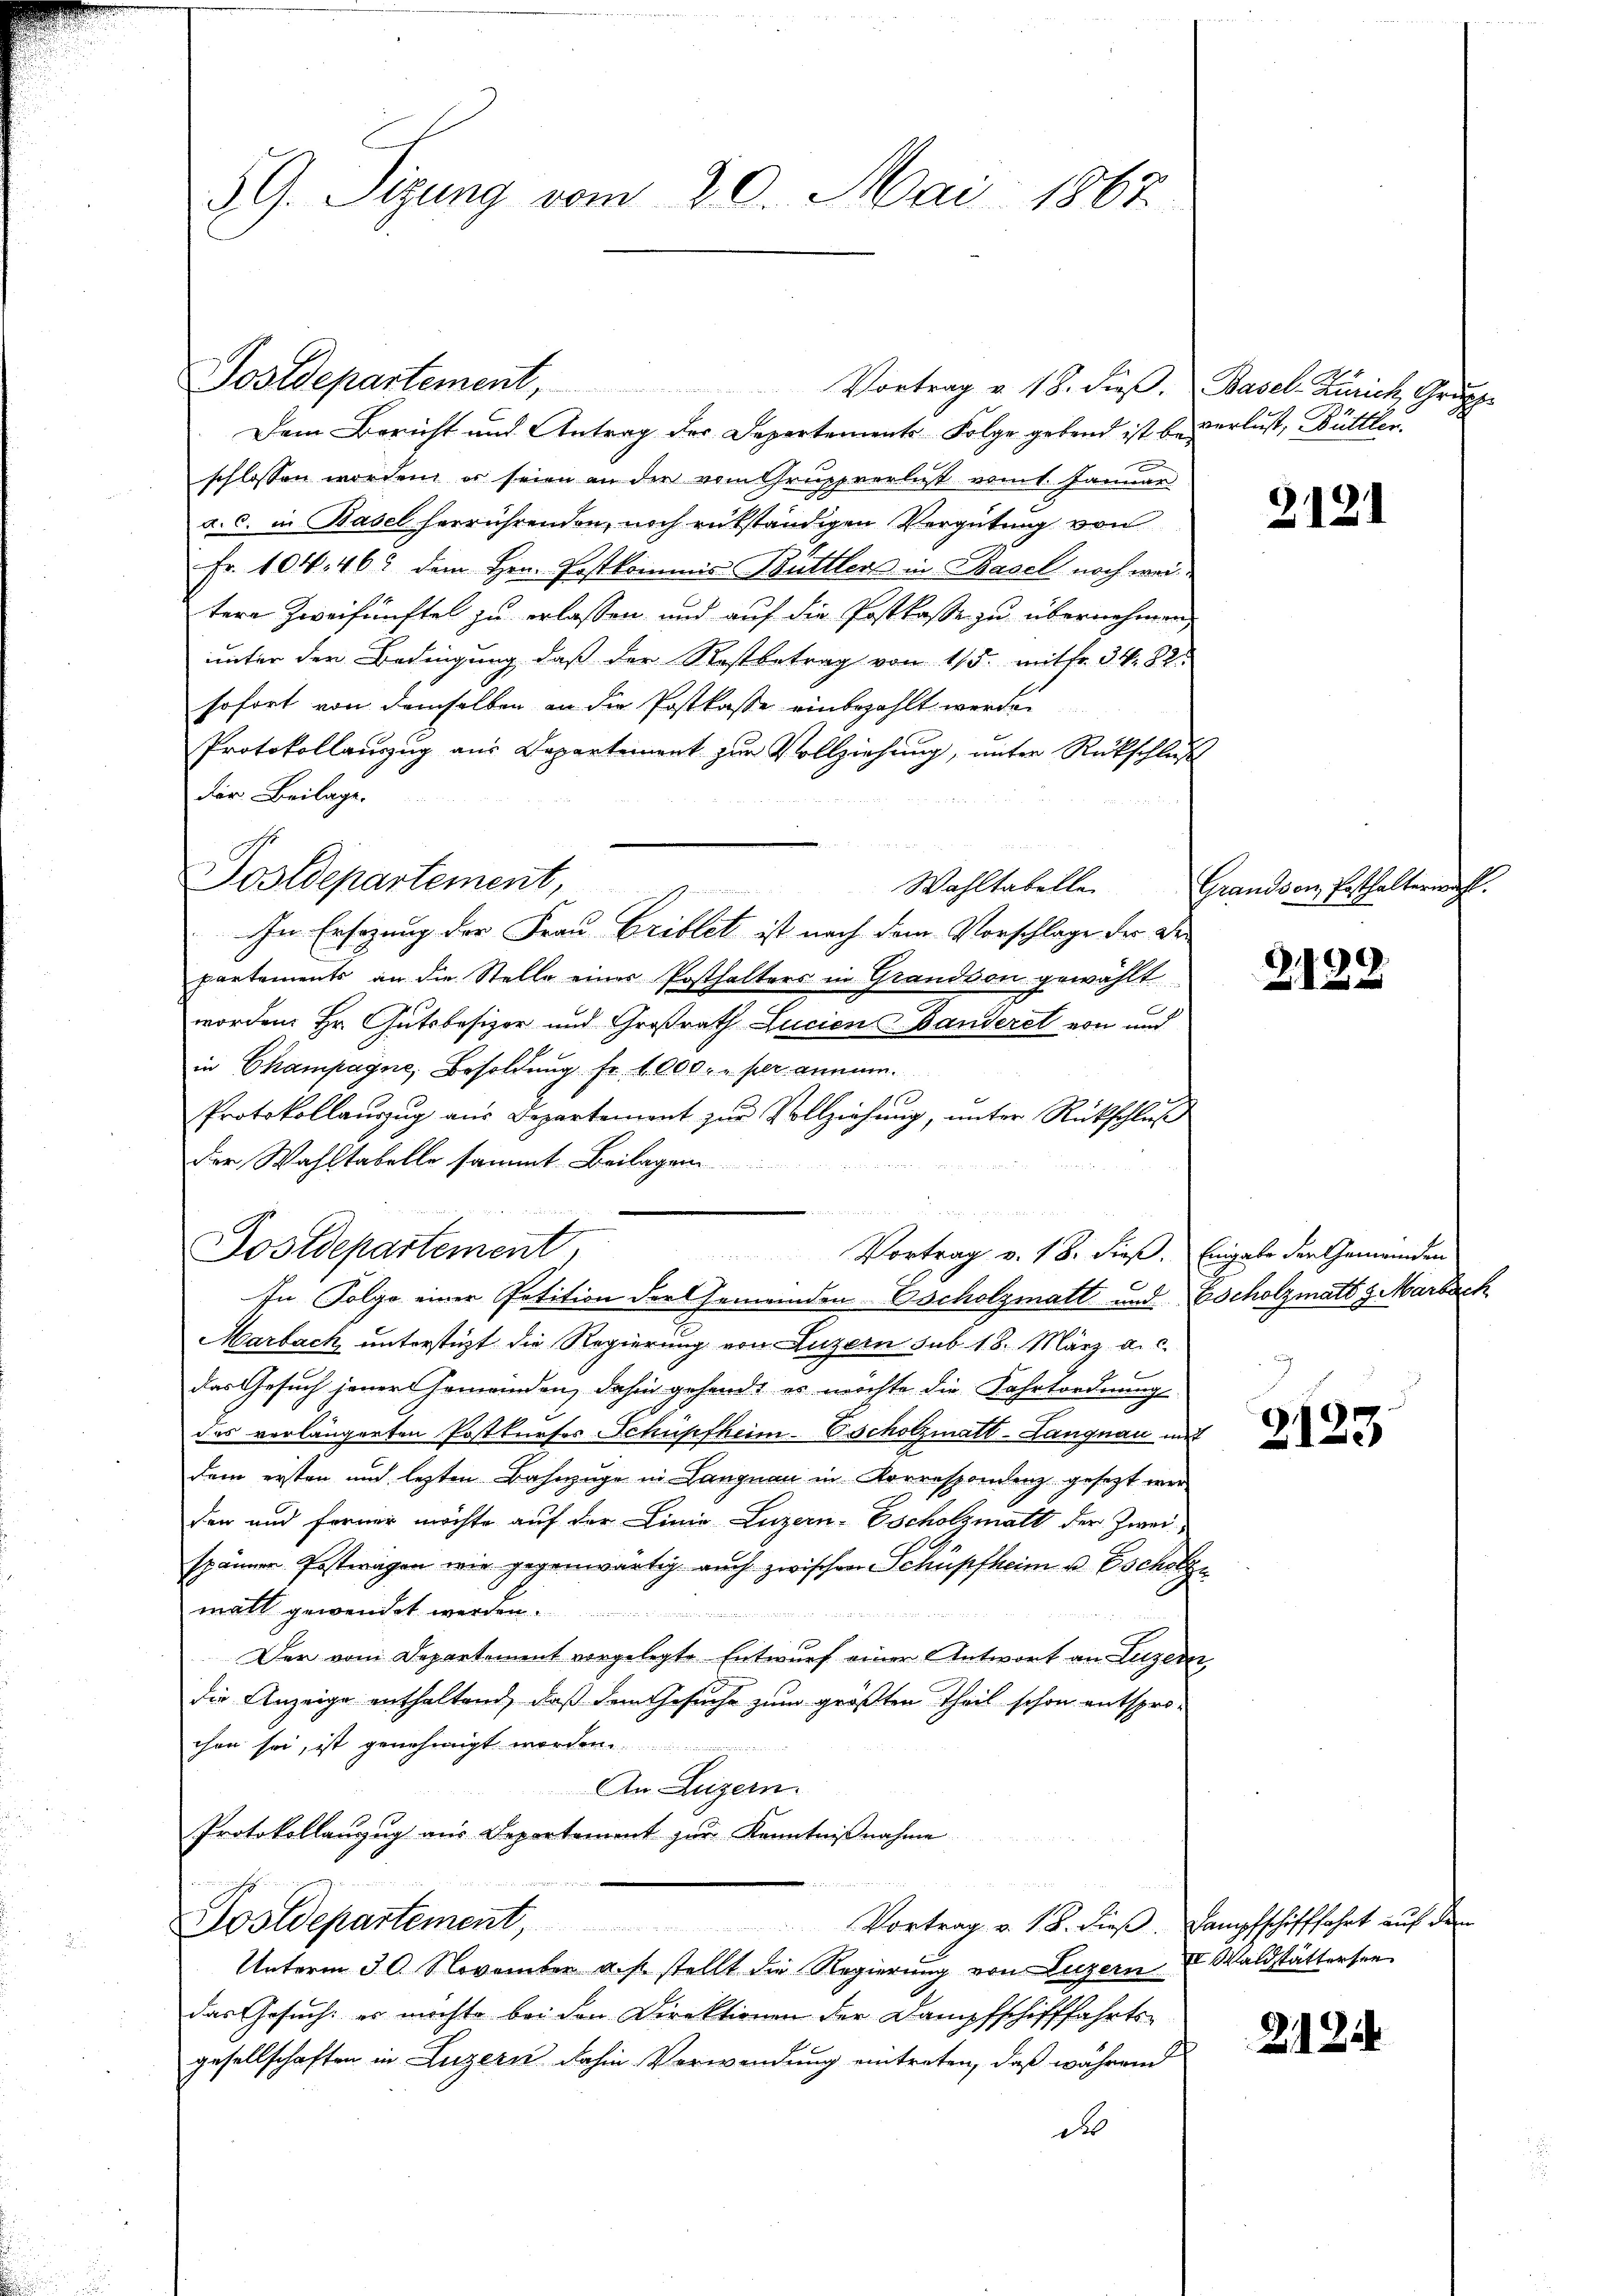
59. Sitzung vom 20. Mai 1867.

Postdepartement,

Vortrag v. 18. dieβ, Basel-Zürich, Grupp
Dem Bericht und Antrag der Departements Folge gebend ist beverlust, Büttlerschlossen worden, es seien an der vom Gruppverlust vom 1. Januar
a. c. in Basel herrührenden, noch rükständigen Vergütung von
Fr. 104. 462 dem Hrn. Postkommis Büttlers in Basel noch weitere Zweifünftel zu erlassen und auf die Postkasse zu übernehmen,
unter der Bedingung, daß der Rostbetrag von 1/5. mitfr. 34. 82
sofort von demselben an die Postkasse einbezahlt werden
Protokollauszug aus Departement zur Vollziehung, unter Rückschluß
der Beilage.
Wahltabelle
In Ersazung der Frau Griblet ist nach dem Vorschlage der Departements an die Stelle einer Posthalters in Grandson gewählt
worden Hr. Gutsbesizer und Großrath Lucien Banderet von und
in Champagne, Besoldung Fr. 1 000 r. per annum.
Protokollaŭszŭg aŭs Departement zŭr Vollziehŭng ŭnter Rückschluß
der Wahltabelle sammt Beilagen

Postdepartement
Vortrag v. 18. dieß. Eingabe der Gemeinden
In Folge einer Potition der Gemeinden scholzmatt und Escholzmatt 3 Marbach
Marbach, unterstüzt die Regierung von Luzern sub. 18. März a. c.
f
das Gesuch jener Gemeinden, dahin gehendt es möchte die Fahrtordnung
deas verlängerten Postkurses Schüpfheim-Escholzmatt-Langnau mit
dem ersten und lezten Bahnzüge in Langnau in Korrespondenz gesezt werden und ferner möchte auf der Linie Luzern-Escholzmatt der Zweispänner Postwagen wie gegenwärtig auch zwischen Schüpfheim u. Escholze
matt gewendet werden.

d
Der vom Departement vorgelegte Entwurf einer Antwort an Luzerer
die Anzeige enthaltend, daß dem Gesuche zum größten Theil schon entsprochen sei, ist genehmigt worden.
An Luzern.
Protokollanzug aus Departement zur Kenntnißnahme
u
Postdepartement, Vortrag v. 18. dieβ. Dampfschifffahrt aŭf der
Unterm 30. November a. p. stellt die Regierung von Luzern & Waldstätterten
das Gesuch, es möchte bei den Direktionen der Dampfschifffahrts-
gesellschaften in Luzern dahin Verwendung eintreten, daß während
des

Postdepartement,

2121

Grandson, Ersthalterwahl.

Z.122

2123

2124